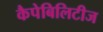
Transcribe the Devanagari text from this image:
कैपेबिलिटीज